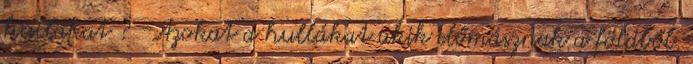
hullákat ? -Azokat a hullákat akik előmásznak a földből.